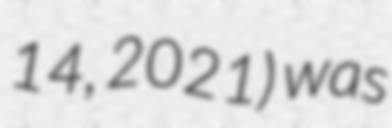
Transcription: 14, 2021) was